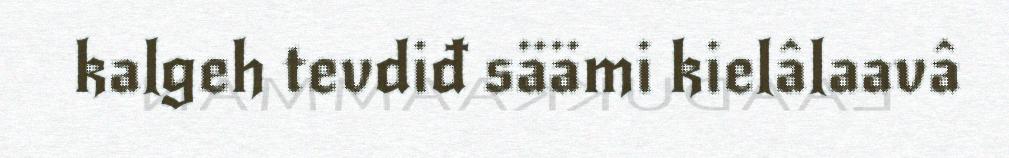
kalgeh tevdiđ säämi kielâlaavâ